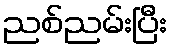
ညစ်ညမ်းပြီး